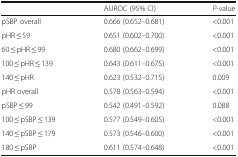
<table><thead><tr><td></td><td><b>AUROC (95% CI)</b></td><td><b><i>P</i>-value</b></td></tr></thead><tbody><tr><td>pSBP overall</td><td>0.666 (0.652–0.681)</td><td>&lt;0.001</td></tr><tr><td>pHR ≤ 59</td><td>0.651 (0.602–0.700)</td><td>&lt;0.001</td></tr><tr><td>60 ≤ pHR ≤ 99</td><td>0.680 (0.662–0.699)</td><td>&lt;0.001</td></tr><tr><td>100 ≤ pHR ≤ 139</td><td>0.643 (0.611–0.675)</td><td>&lt;0.001</td></tr><tr><td>140 ≤ pHR</td><td>0.623 (0.532–0.715)</td><td>0.009</td></tr><tr><td>pHR overall</td><td>0.578 (0.563–0.594)</td><td>&lt;0.001</td></tr><tr><td>pSBP ≤ 99</td><td>0.542 (0.491–0.592)</td><td>0.088</td></tr><tr><td>100 ≤ pSBP ≤ 139</td><td>0.577 (0.549–0.605)</td><td>&lt;0.001</td></tr><tr><td>140 ≤ pSBP ≤ 179</td><td>0.573 (0.546–0.600)</td><td>&lt;0.001</td></tr><tr><td>180 ≤ pSBP</td><td>0.611 (0.574–0.648)</td><td>&lt;0.001</td></tr></tbody></table>